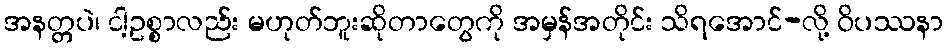
အနတ္တပဲ၊ ငါ့ဥစ္စာလည်း မဟုတ်ဘူးဆိုတာတွေကို အမှန်အတိုင်း သိရအောင်-လို့ ဝိပဿနာ